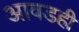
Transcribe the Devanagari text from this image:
आवडही